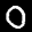
Label: 0